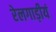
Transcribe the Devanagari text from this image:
रेलगाड़ीयं